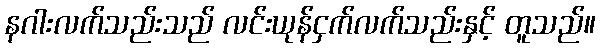
နဂါးလက်သည်းသည် လင်းယုန်ငှက်လက်သည်းနှင့် တူသည်။